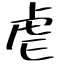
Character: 虐